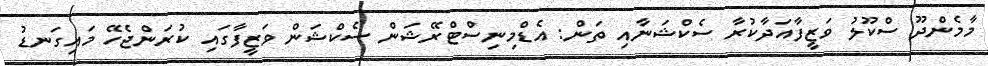
މާމެންދޫ ސްކޫލު ވަޒީފާއަދާކުރާ ސެކްޝަނާއި ތަން: އެޑްމިނިސްޓްރޭޝަން ސެކްޝަން ވަޒީފާގައި ކުރަންޖެހޭ މައިގަނޑު